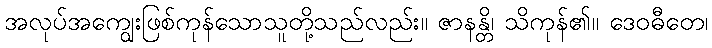
အလုပ်အကျွေးဖြစ်ကုန်သောသူတို့သည်လည်း။ ဇာနန္တိ၊ သိကုန်၏။ ဒေဝဓီတေ၊